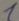
Text: 1